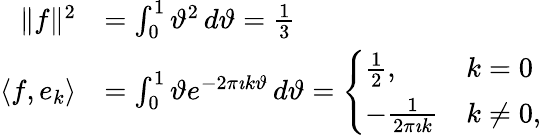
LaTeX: {\begin{array}{rl}{\| f\| ^{2}}&{=\int_{0}^{1}\vartheta^{2}\, d\vartheta={\frac{1}{3}}}\\ {\langle f,e_{k}\rangle}&{=\int_{0}^{1}\vartheta e^{-2\pi\imath k\vartheta}\, d\vartheta={\Biggl\{ \begin{array}{ll}{{\frac{1}{2}},}&{k=0}\\ {-{\frac{1}{2\pi\imath k}}}&{k\neq 0,}\end{array}}}\end{array}}